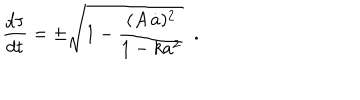
\frac { d \tau } { d t } = \pm \sqrt { 1 - \frac { ( A \, \dot { a } ) ^ { 2 } } { 1 - k a ^ { 2 } } } \, \, \, .